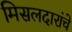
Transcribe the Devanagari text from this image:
मिसलदारांचे